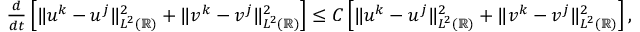
\begin{array} { r } { \frac { d } { d t } \left[ \| u ^ { k } - u ^ { j } \| _ { L ^ { 2 } ( \mathbb { R } ) } ^ { 2 } + \| v ^ { k } - v ^ { j } \| _ { L ^ { 2 } ( \mathbb { R } ) } ^ { 2 } \right] \leq C \left[ \| u ^ { k } - u ^ { j } \| _ { L ^ { 2 } ( \mathbb { R } ) } ^ { 2 } + \| v ^ { k } - v ^ { j } \| _ { L ^ { 2 } ( \mathbb { R } ) } ^ { 2 } \right] , } \end{array}